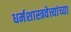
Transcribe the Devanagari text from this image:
धर्मशास्त्रवेत्त्यांच्या